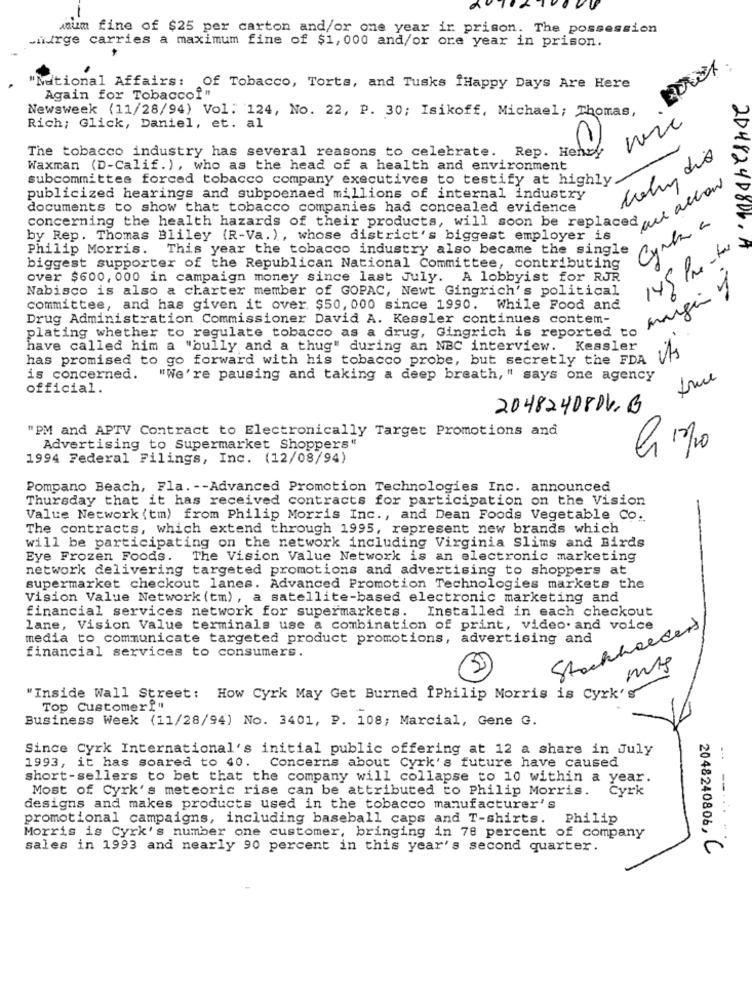
mnum fine of $25 per carton and/or one year ir prison. The possession
Miturge carries a maximum fine of $1,000 and/or ore year in prison.
"National Affairs: Of Tobacco, Torts, and Tusks iHappy Days Are Here
Again for Tobacco?"
Newsweek (11/28/94) Vol. 124, No. 22, P. 30; Isikoff, Michael; Thomas,
Rich; Glick, Daniel, et. al
The tobacco industry has several reasons to celebrate. Rep. Henry
column dio
Waxman (D-Calif.), who as the head of a health and environment
subcommittee forced tobacco company executives to testify at highly
publicized hearings and subpoenaed millions of internal industry
documents to show that tobacco companies had concealed evidence
concerning the health hazards of their products, will soon be replaced ta
Cymla
by Rep. Thomas Bliley (R-Va.), whose district's biggest employer is
145 Pm-to
20482900W.
Philip Morris. This year the tobacco industry also became the single
biggest supporter of the Republican National Committee, contributing
over $600, 000 in campaign money since last July. A lobbyist for RJR
Nabisco is also a charter member of GOPAC, Newt Gingrich's political
margin y
committee, and has given it over. $50, 000 since 1990. While Food and
Drug Administration Commissioner David A. Kessler continues contem-
plating whether to regulate tobacco as a drug, Gingrich is reported to
have called him a "bully and a thug" during an NBC interview. Kessler
its
has promised to go forward with his tobacco probe, but secretly the FDA
is concerned. "We're pausing and taking a deep breath, " says one agency
true
official.
20482408DV.B
"PM and APTV Contract to Electronically Target Promotions and
Advertising to Supermarket Shoppers"
1994 Federal Filings, Inc. (12/08/94)
Pompano Beach, Fla. -- Advanced Promotion Technologies Inc. announced
Thursday that it has received contracts for participation on the Vision
Value Network (tm) from Philip Morris Inc ., and Dean Foods Vegetable Co.
The contracts, which extend through 1995, represent new brands which
will be participating on the network including Virginia Slims and Birds
Eye Frozen Foods. The Vision Value Network is an electronic marketing
network delivering targeted promotions and advertising to shoppers at
supermarket checkout lanes. Advanced Promotion Technologies markets the
Vision Value Network (tm), a satellite-based electronic marketing and
financial services network for supermarkets.
Installed in each checkout
lane, Vision Value terminals use a combination of print, video. and voice
Stockholders
media to communicate targeted product promotions, advertising and
financial services to consumers.
"Inside Wall Street: How Cyrk May Get Burned ÎPhilip Morris is Cyrk'
Top Customer !!
Business Week (11/28/94) No. 3401, P. 108; Marcial, Gene G.
Since Cyrk International's initial public offering at 12 a share in July
1993, it has soared to 40. Concerns about Cyrk's future have caused
short-sellers to bet that the company will collapse to 10 within a year.
Most of Cyrk's meteoric rise can be attributed to Philip Morris.
Cyrk
designs and makes products used in the tobacco manufacturer's
promotional campaigns, including baseball caps and T-shirts. Philip
Morris is Cyrk's number one customer, bringing in 78 percent of company
--.. .
sales in 1993 and nearly 90 percent in this year's second quarter.
2048240806, C